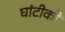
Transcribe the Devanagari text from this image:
घांटीको